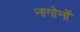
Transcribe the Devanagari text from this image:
नागोर्नो